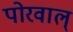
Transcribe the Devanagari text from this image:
पोरवाल्